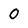
Character: 0